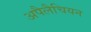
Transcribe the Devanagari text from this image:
अपैलैचियन